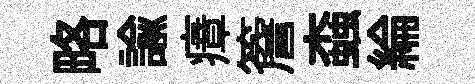
略諭瘴簷螙綸